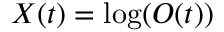
X ( t ) = \log ( { O ( t ) } )